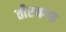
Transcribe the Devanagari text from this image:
तीरथगड